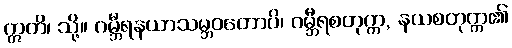
ဣတိ၊ သို့။ ဂမ္ဘီရနယာသမ္ဘဝတောပိ၊ ဂမ္ဘီရစတုက္က, နယစတုက္က၏